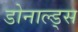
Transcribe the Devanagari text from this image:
डोनाल्ड्स